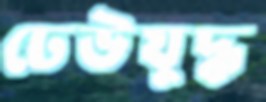
ঢেউযুদ্ধ